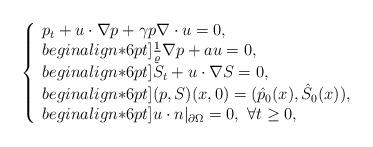
LaTeX: \begin{align*}\left\{\begin{array}{lll}p_t + u\cdot\nabla p + \gamma p\nabla\cdot u = 0, \\begin{align*}6pt]\frac{1}{\varrho}\nabla p + a u =0, \\begin{align*}6pt]S_t + u\cdot\nabla S =0, \\begin{align*}6pt](p,S)(x,0)=(\hat{p}_0(x), \hat{S}_0(x)), \\begin{align*}6pt]u\cdot n|_{\partial\Omega} =0,\ \forall t\geq 0,\end{array}\right.\end{align*}